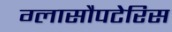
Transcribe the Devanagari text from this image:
ग्लासौपटेरिस